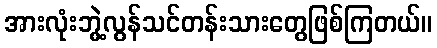
အားလုံးဘွဲ့လွန်သင်တန်းသားတွေဖြစ်ကြတယ်။